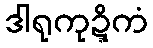
ဒါရုကုဍ္ဍိကံ